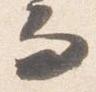
而